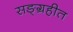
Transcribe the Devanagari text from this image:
सङ्ग्रहीत